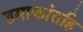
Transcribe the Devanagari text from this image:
उमाकांतहि